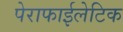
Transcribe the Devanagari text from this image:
पेराफाईलेटिक